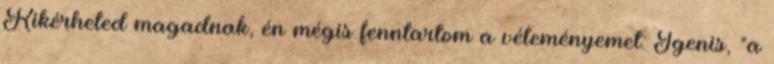
Kikérheted magadnak, én mégis fenntartom a véleményemet: Igenis, "a